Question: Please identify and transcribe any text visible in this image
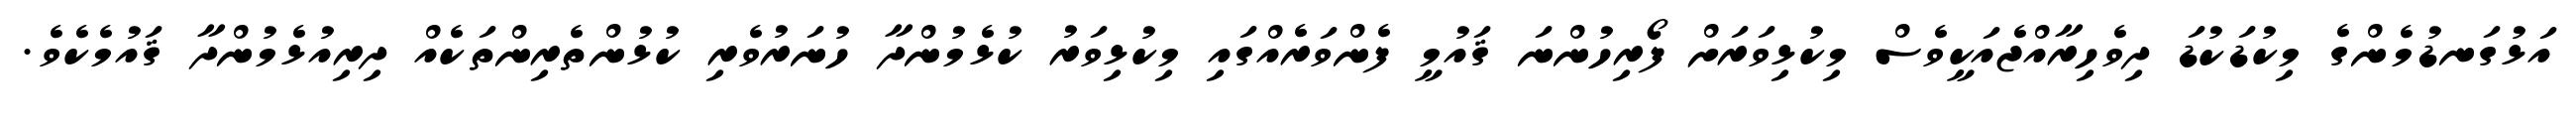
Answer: އަޅުގަނޑުމެންގެ މިކުޑަކުޑަ ދިވެހިރާއްޖެއަކީވެސް މިކުޅިވަރަށް ފޯރިހުންނަ ޤައުމީ ފެންވަރެއްގައި މިކުޅިވަރު ކުޅެމުންދާ ހުނަރުވެރި ކުޅުންތެރިންތަކެއް ދިރިއުޅެމުންދާ ޤައުމެކެވެ.